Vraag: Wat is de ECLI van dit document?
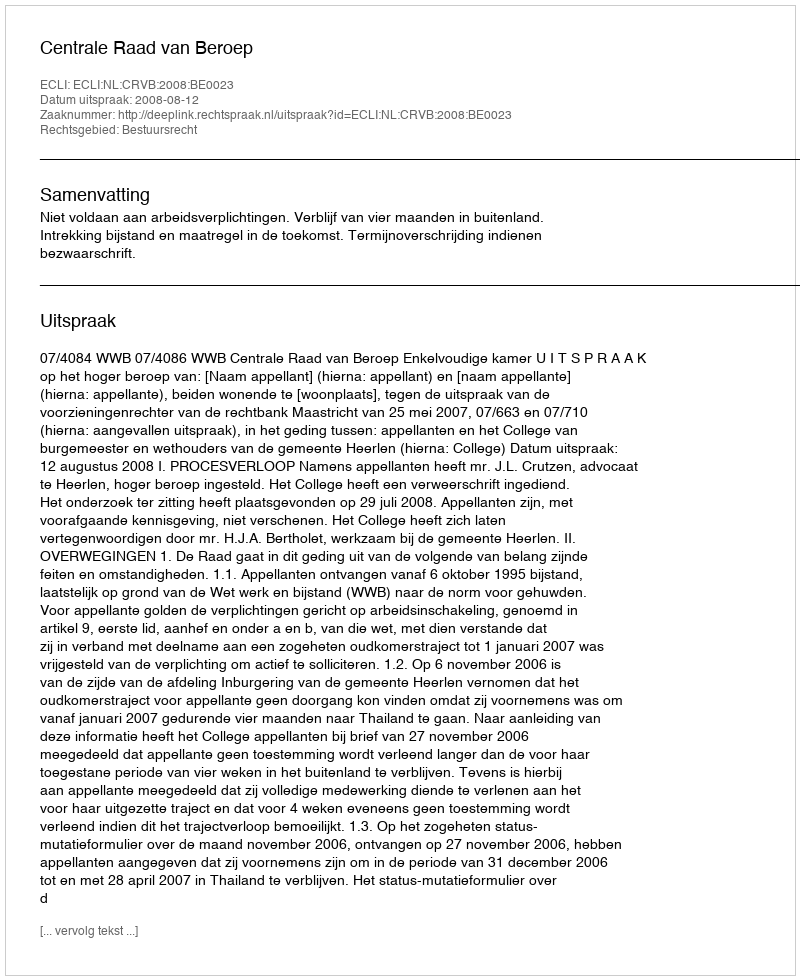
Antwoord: ECLI:NL:CRVB:2008:BE0023